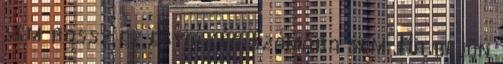
sem rossz ez egyik cég számára sem. Ha bejön